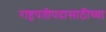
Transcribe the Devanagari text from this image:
राष्ट्रपतीपदासाठीच्या